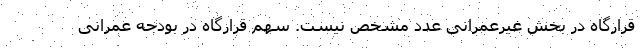
قرارگاه در بخش غیرعمرانی عدد مشخص نیست. سهم قرارگاه در بودجه عمرانی